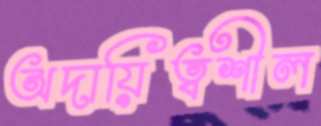
অদায়িত্বশীল